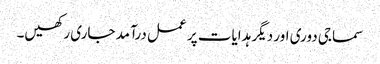
سماجی دوری اور دیگر ہدایات پر عمل درآمد جاری رکھیں۔